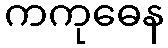
ကကုဓေန